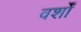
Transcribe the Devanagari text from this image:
वर्शों